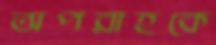
অপরাহকে